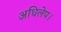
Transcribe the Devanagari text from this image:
अधिलेप।